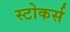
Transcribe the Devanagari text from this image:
स्टोकर्स